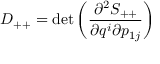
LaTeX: D _ { + + } = \operatorname * { d e t } \left( \frac { \partial ^ { 2 } S _ { + + } } { \partial q ^ { i } \partial p _ { 1 j } } \right)